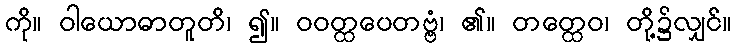
ကို။ ဝါယောဓာတူတိ၊ ၍။ ဝဝတ္ထပေတဗ္ဗံ၊ ၏။ တတ္ထေဝ၊ တို့၌လျှင်။